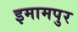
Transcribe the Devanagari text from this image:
इमामपुर